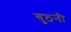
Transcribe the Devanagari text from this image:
गुठनी